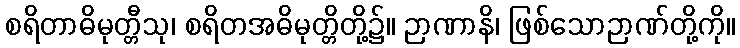
စရိတာဓိမုတ္တီသု၊ စရိတအဓိမုတ္တိတို့၌။ ဉာဏာနိ၊ ဖြစ်သောဉာဏ်တို့ကို။